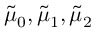
\tilde { \mu } _ { 0 } , \tilde { \mu } _ { 1 } , \tilde { \mu } _ { 2 }